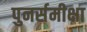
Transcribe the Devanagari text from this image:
पुनर्समीक्षा